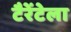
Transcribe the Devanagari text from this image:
टैरेंटेला